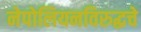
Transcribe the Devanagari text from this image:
नेपोलियनविरुद्धचे